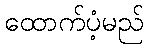
ထောက်ပံ့မည်